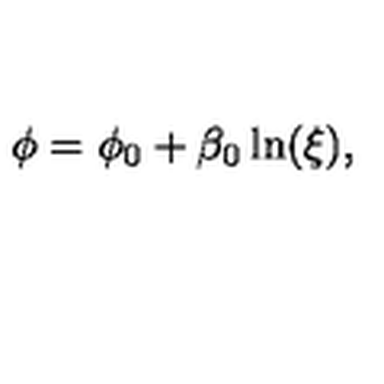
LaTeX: \phi = \phi _ { 0 } + \beta _ { 0 } \ln ( \xi ) ,